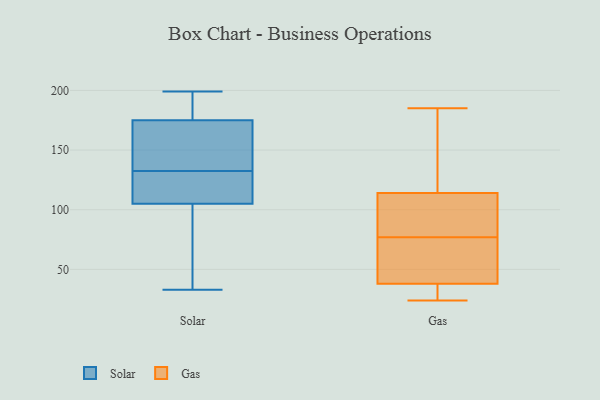
{"axis": {"x": "Shipments", "y": "Value"}, "legend": ["Gas", "Solar"], "data": [{"x": "", "y": 182, "type": "Solar"}, {"x": "", "y": 157, "type": "Solar"}, {"x": "", "y": 199, "type": "Solar"}, {"x": "", "y": 149, "type": "Solar"}, {"x": "", "y": 33, "type": "Solar"}, {"x": "", "y": 168, "type": "Solar"}, {"x": "", "y": 189, "type": "Solar"}, {"x": "", "y": 109, "type": "Solar"}, {"x": "", "y": 91, "type": "Solar"}, {"x": "", "y": 121, "type": "Solar"}, {"x": "", "y": 140, "type": "Solar"}, {"x": "", "y": 193, "type": "Solar"}, {"x": "", "y": 34, "type": "Solar"}, {"x": "", "y": 122, "type": "Solar"}, {"x": "", "y": 125, "type": "Solar"}, {"x": "", "y": 101, "type": "Solar"}, {"x": "", "y": 133, "type": "Gas"}, {"x": "", "y": 31, "type": "Gas"}, {"x": "", "y": 105, "type": "Gas"}, {"x": "", "y": 36, "type": "Gas"}, {"x": "", "y": 78, "type": "Gas"}, {"x": "", "y": 24, "type": "Gas"}, {"x": "", "y": 25, "type": "Gas"}, {"x": "", "y": 122, "type": "Gas"}, {"x": "", "y": 76, "type": "Gas"}, {"x": "", "y": 76, "type": "Gas"}, {"x": "", "y": 114, "type": "Gas"}, {"x": "", "y": 100, "type": "Gas"}, {"x": "", "y": 70, "type": "Gas"}, {"x": "", "y": 106, "type": "Gas"}, {"x": "", "y": 115, "type": "Gas"}, {"x": "", "y": 45, "type": "Gas"}, {"x": "", "y": 38, "type": "Gas"}, {"x": "", "y": 185, "type": "Gas"}]}